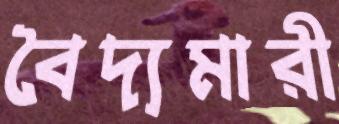
বৈদ্যমারী